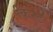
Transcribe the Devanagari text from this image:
किरट